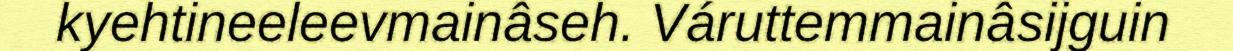
kyehtineeleevmainâseh. Váruttemmainâsijguin